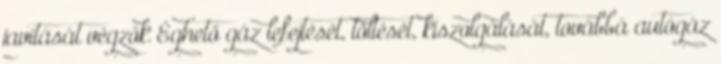
javítását végzők Éghető gáz lefejtését, töltését, kiszolgálását, továbbá autógáz